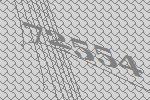
72554